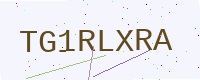
Text: TG1RLXRA